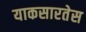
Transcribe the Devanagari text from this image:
याकसारतेस